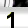
Digit: 1